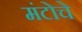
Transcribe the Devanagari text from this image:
मंटोचे